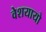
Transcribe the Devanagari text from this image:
वेशयायो